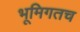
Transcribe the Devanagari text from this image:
भूमिगतच